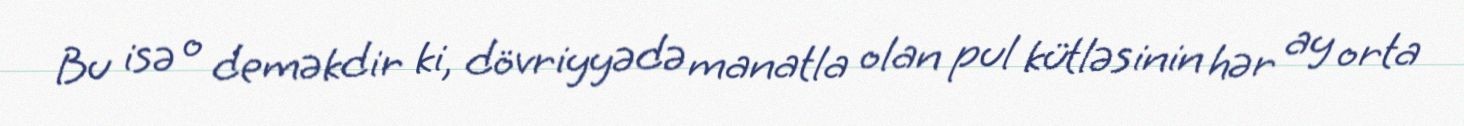
Bu isə o deməkdir ki, dövriyyədə manatla olan pul kütləsinin hər ay orta